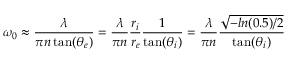
\omega _ { 0 } \approx \frac { \lambda } { \pi n \tan ( \theta _ { e } ) } = \frac { \lambda } { \pi n } \frac { r _ { i } } { r _ { e } } \frac { 1 } { \tan ( \theta _ { i } ) } = \frac { \lambda } { \pi n } \frac { \sqrt { - l n ( 0 . 5 ) / 2 } } { \tan ( \theta _ { i } ) }